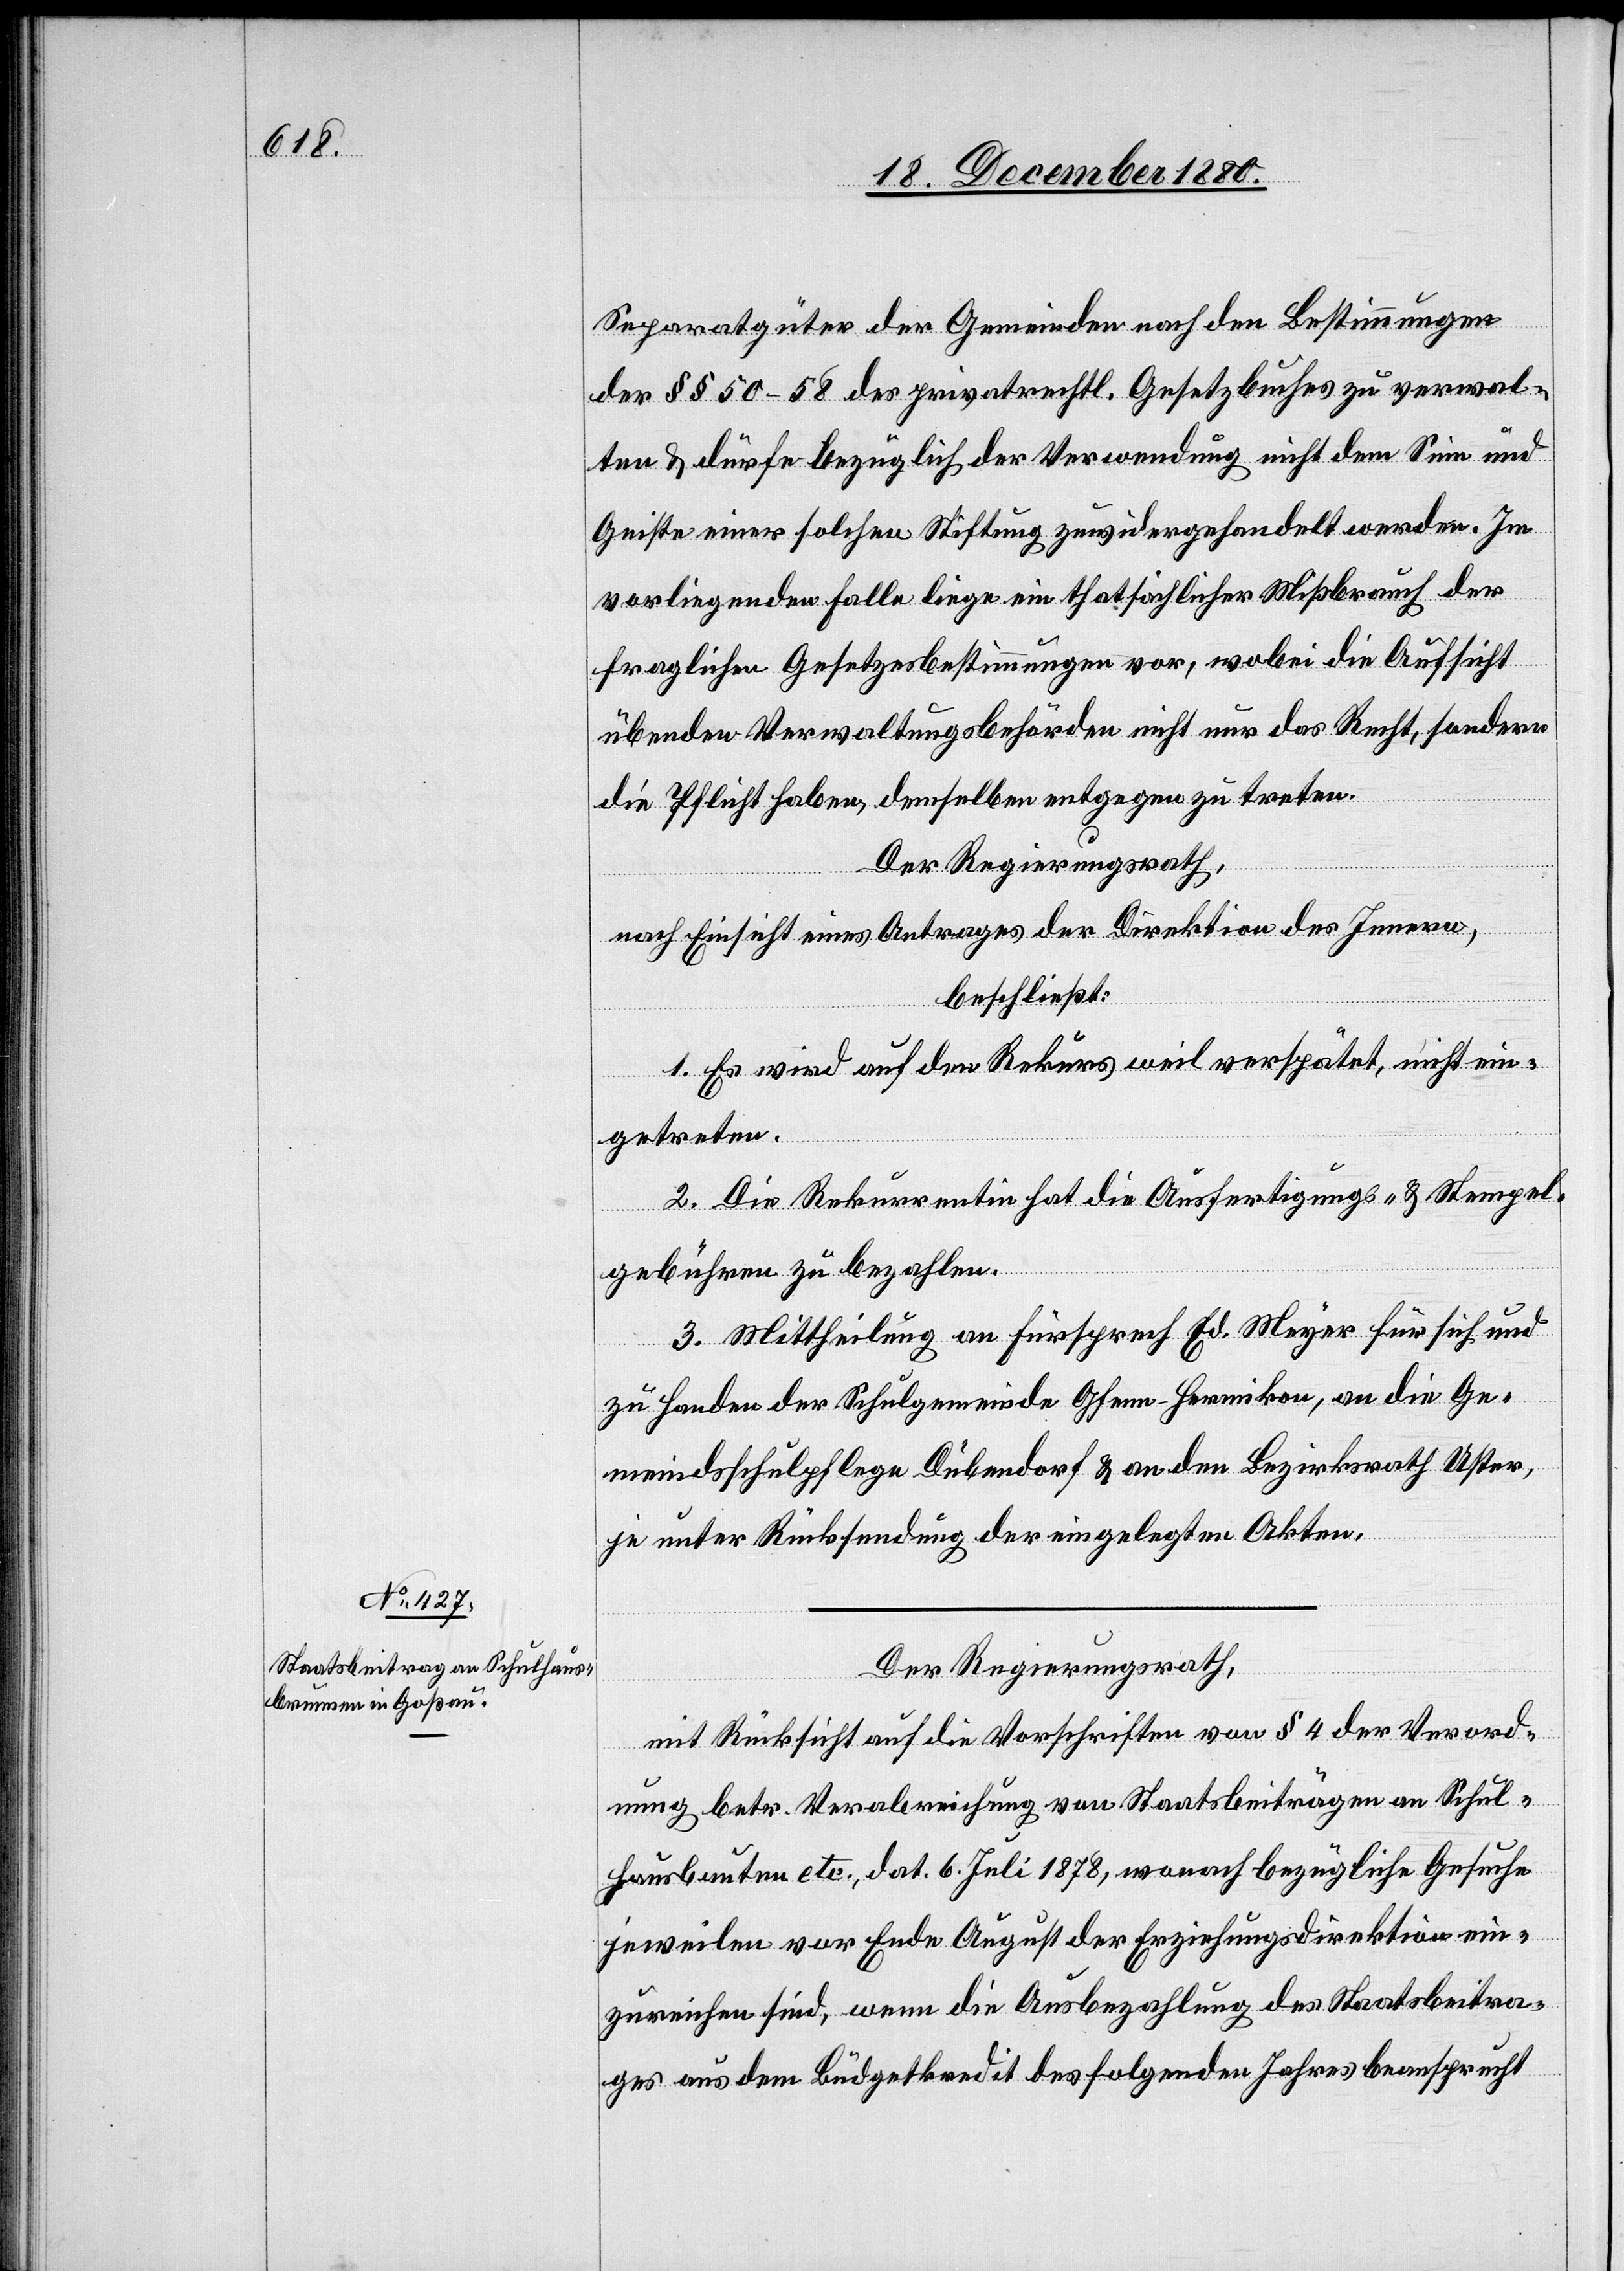
Separatgüter der Gemeinden nach den Bestimmungen
der §§ 50–58 des privatrechtl. Gesetzbuches zu verwal¬
ten & dürfe bezüglich der Verwendung nicht dem Sinn und
Geiste einer solchen Stiftung zuwidergehandelt werden. Im
vorliegenden Falle liege ein thatsächlicher Mißbrauch der
fraglichen Gesetzesbestimmungen vor, wobei die Aufsicht
übenden Verwaltungsbehörden nicht nur das Recht, sondern
die Pflicht haben, demselben entgegen zu treten.
Der Regierungsrath,
nach Einsicht eines Antrages der Direktion des Innern,
beschließt:
1. Es wird auf den Rekurs weil verspätet, nicht ein¬
getreten.
2. Die Rekurrentin hat die Ausfertigungs- & Stempel¬
gebühren zu bezahlen.
3. Mittheilung an Fürsprech Ed. Meyer für sich und
zu Handen der Schulgemeinde Gfenn - Hermikon, an die Ge¬
meindsschulpflege Dübendorf & an den Bezirksrath Uster,
je unter Rücksendung der eingelegten Akten.
Der Regierungsrath,
mit Rücksicht auf die Vorschriften von § 4 der Verord¬
nung betr. Verabreichung von Staatsbeiträgen an Schul¬
hausbauten etc. dat. 6. Juli 1878, wonach bezügliche Gesuche
jeweilen vor Ende August der Erziehungsdirektion ein¬
zureichen sind, wenn die Ausbezahlung des Staatsbeitra¬
ges aus dem Büdgetkredit des folgenden Jahres beansprucht